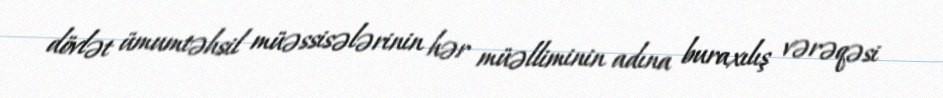
dövlət ümumtəhsil müəssisələrinin hər müəlliminin adına buraxılış vərəqəsi